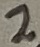
Text: 2